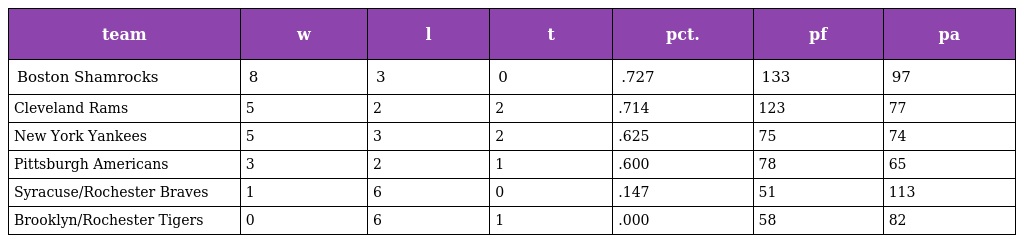
| team | w | l | t | pct. | pf | pa |
 | --- | --- | --- | --- | --- | --- | --- |
 | Boston Shamrocks | 8 | 3 | 0 | .727 | 133 | 97 |
 | Cleveland Rams | 5 | 2 | 2 | .714 | 123 | 77 |
 | New York Yankees | 5 | 3 | 2 | .625 | 75 | 74 |
 | Pittsburgh Americans | 3 | 2 | 1 | .600 | 78 | 65 |
 | Syracuse/Rochester Braves | 1 | 6 | 0 | .147 | 51 | 113 |
 | Brooklyn/Rochester Tigers | 0 | 6 | 1 | .000 | 58 | 82 |